Civil Veterinary Department Bihar & Orissa reports 1929-36 - 1929-1936
Year: 1929
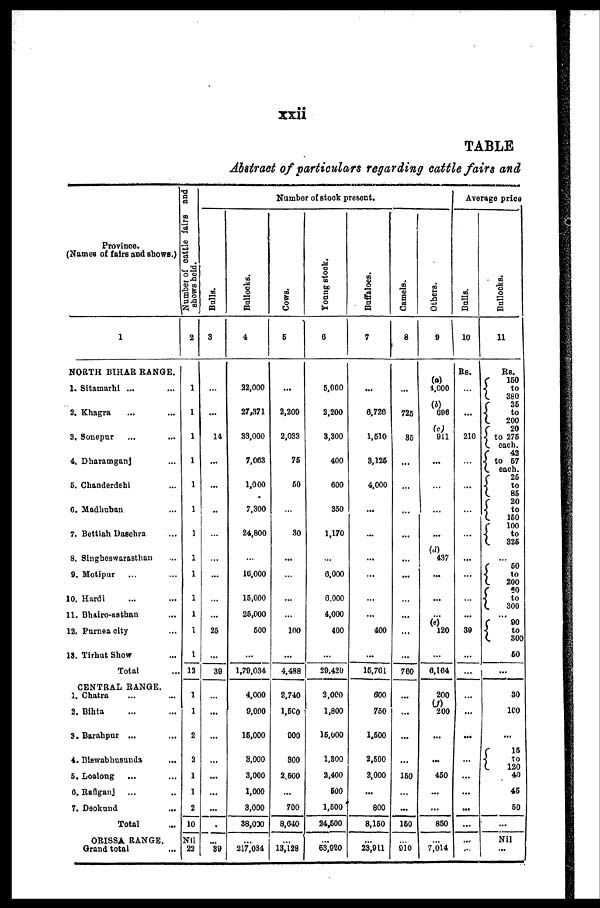
xxii
TABLE
Abstract of particulars regarding cattle fairs and
Province.
(Names of fairs and shows.)
1
NORTH BIHAR RANGE.
1. Sitamarhi ... ...
2. Khagra ... ...
3. Sonepur ... ...
4. Dharamganj ...
5. Chanderdehi ...
6. Madhuban ...
7. Bettiah Dasehra ...
8. Singheswarasthan ...
9. Motipur ... ...
10. Hardi ... ...
11. Bhairo-asthan ...
12. Purnea city ...
18. Tirhut Show ...
Total
CENTRAL RANGE.
1. Chatra ... ...
2. Bihta ... ...
3. Barahpur ... ...
4. Biswabhusunda ...
5. Loalong ... ...
6. Rafiganj ... ...
7. Deokund ...
Total
ORISSA RANGE.
Grand total
Number
of cattle fairs and
shows held.
2
1
1
1
1
1
1
1
1
1
1
1
1
1
12
1
1
2
2
1
1
2
10
Nil
22
Number of stock present.
Balls.
3
…
...
14
...
...
..
...
...
...
...
...
25
...
39
...
...
...
...
...
...
...
...
39
Bullocks.
4
22,000
27,371
33,000
7,063
1,000
7,300
24,800
...
10,000
15,000
25,000
500
...
1,79,034
4,000
9,000
15,000
3,000
3,000
1,000
3,000
38,000
...
217,034
Cows,
5
...
2,200
2,033
75
50
...
30
...
...
...
...
100
...
4,488
2,740
1,500
900
800
2,500
...
700
8,040
...
13,128
Young stock.
6
5,000
2,200
3,300
400
600
350
1,170
...
6,000
6,000
4,000
400
...
29,420
2,000
1,800
15,000
1,800
2,400
600
1,500
24,500
...
53,020
Buffaloes.
7
...
6,726
1,510
3,125
4,000
...
...
...
...
...
...
400
...
15,761
600
750
1,500
2,500
2,000
...
800
8,150
...
28,911
Camels.
8
...
725
35
...
...
...
...
...
...
...
...
...
...
760
...
...
...
...
150
...
...
160
...
910
Others.
9
(a)
4,000
696
(c)
911
...
...
...
...
(d)
437
...
...
...
120
...
6,164
200
200
...
...
450
...
...
850
...
7,014
Average price
Bulls.
10
Rs.
...
...
210
...
...
...
...
...
...
...
...
39
...
...
...
...
...
...
...
...
...
...
...
..
Bullocks.
11
Rs.
150
to
380 35
to
200
20
to 275
each. 42
to 57
each. 25
to
85
20
to
150
100
to
325
...
50
to
200
50
to
300
90
to
300
50
...
30
100
...
15
to
120
40
45
50
Nil
...